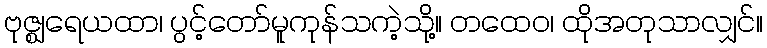
ဗုဇ္ဈရေယထာ၊ ပွင့်တော်မူကုန်သကဲ့သို့။ တထေဝ၊ ထိုအတုသာလျှင်။